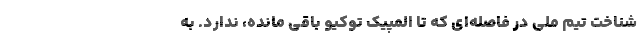
شناخت تیم ملی در فاصله‌ای که تا المپیک توکیو باقی مانده، ندارد. به